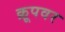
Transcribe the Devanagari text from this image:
क्रूपवर